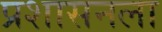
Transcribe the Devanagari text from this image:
प्रशासनला